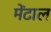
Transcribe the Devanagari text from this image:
मेंटाल